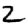
Digit: 2